Sanitation, dispensaries and jails vaccination Rajputana 1922-1927 - 1922-1927
Year: 1922
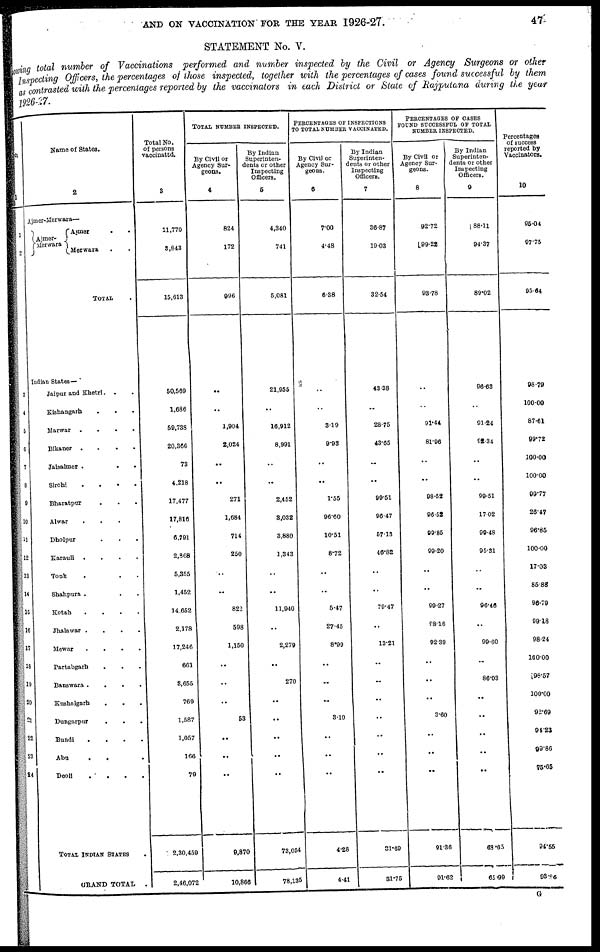
AND ON VACCINATION FOR THE YEAR 1926-27.
47
STATEMENT No. V.
Showing total number of Vaccinations performed and number inspected by the Civil or Agency Surgeons or other
Inspecting Officers, the percentages of those inspected, together with the percentages of cases found successful by them
as contrasted with the percentages reported by the vaccinators in each District or State of Rajputana during the year
1926.27.
No.
1
1
2
3
4
6
6
7
8
9
10
11
12
13
14
15
16
17
18
19
20
21
22
23
24
Name of States.
2
Ajmer.Merwara—
Ajmer.
Merwara
Ajmer ..
Merwara..
TOTAL .
Indian States—
Jaipur and Khetrl...
Kishangarh
...
Marwar
....
Bikaner
....
Jaisalmer
....
Sirohi
....
Bharatpur ....
Alwar
....
Dholpur ....
Karauli
....
Tonk ....
Shahpura ....
Kotah
....
Jhalawar
....
Mewar
....
Partabgarh ....
Banswara
....
Kushalgarh
....
Dungarpur
....
Bundi
....
Abu
...
Deoli
....
TOTAL INDIAN STATES
.
GRAND TOTAL .
Total No.
of persons
vaccinattd.
3
11,770
3,843
15,613
50,569
1,686
59,738
20,366
73
4,218
17,477
17,816
6,791
2,868
5,355
1,452
14,652
2,178
17,246
661
3,655
769
1,587
1,057
166
79
2,30,459
2,46,072
TOTAL NUMBER INSPECTED.
By Civil or
Agency Sur-
geons.
4
824
172
996
..
..
1,904
2,024
..
..
271
1,684
714
250
..
..
822
598
1,150
..
..
..
53
..
..
..
9,870
10,866
By Indian
Superinten-
dents or other
Inspecting
5
4,340
741
5,081
21,955
..
16,912
8,991
..
..
2,452
3,032
3,880
1,343
..
..
11,940
..
2,279
..
270
..
..
..
..
..
73,054
78,135
PERCENTAGES OF INSPECTIONS
TO TOTAL NUMBER VACCINATED.
By Civil or
Agency Sur-
geons.
6
7.00
4.48
6.38
..
..
3.19
9.93
..
..
1.55
96.60
10.51
8.72
..
..
5.47
27.45
8.99
..
..
..
3.10
..
..
..
4.28
4.41
By Indian
Superinten-
dents or other
Inspecting
7
36.87
19.03
32.54
43.38
..
28.75
43.65
..
..
99.51
96.47
57.13
46.82
..
..
79.47
..
13.21
..
..
..
..
..
..
..
31.69
31.75
PERCENTAGES OF CASES
FOUND SUCCESSFUL OF TOTAL
NUMBER INSPECTED.
By Civil or
Agency Sur-
geons.
8
92.72
99.22
93.78
..
..
91.44
81.96
..
..
98.52
96.52
99.85
99.20
..
..
99.27
98.16
92.39
..
..
..
3.60
..
..
..
91.36
91.62
By Indian
Superinten-
dents or other
Inspecting
9
88.11
94.37
89.02
96.63
..
91.24
92.34
..
..
99.51
17.02
99.48
95.31
..
..
96.46
..
99.60
..
86.03
..
..
..
..
..
68.65
65.99
Percentages
of success
reported by
Vaccinators.
10
95.04
97.75
95.64
98.79
100.00
87.61
99.72
100.00
100.00
99.77
26.47
96.85
100.00
17.03
85.88
96.79
99.18
98.24
100.00
98.57
100.00
92.69
94.23
99.86
75.65
94.55
93.96
G